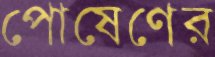
পোষেণের